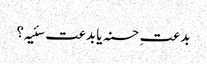
بدعتِ حسنہ یا بدعت سئیہ؟